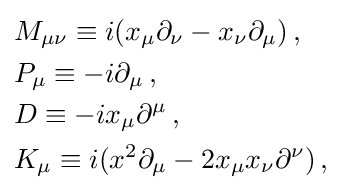
{\begin{aligned}&M_{\mu \nu }\equiv i(x_{\mu }\partial _{\nu }-x_{\nu }\partial _{\mu })\,,\\&P_{\mu }\equiv -i\partial _{\mu }\,,\\&D\equiv -ix_{\mu }\partial ^{\mu }\,,\\&K_{\mu }\equiv i(x^{2}\partial _{\mu }-2x_{\mu }x_{\nu }\partial ^{\nu })\,,\end{aligned}}